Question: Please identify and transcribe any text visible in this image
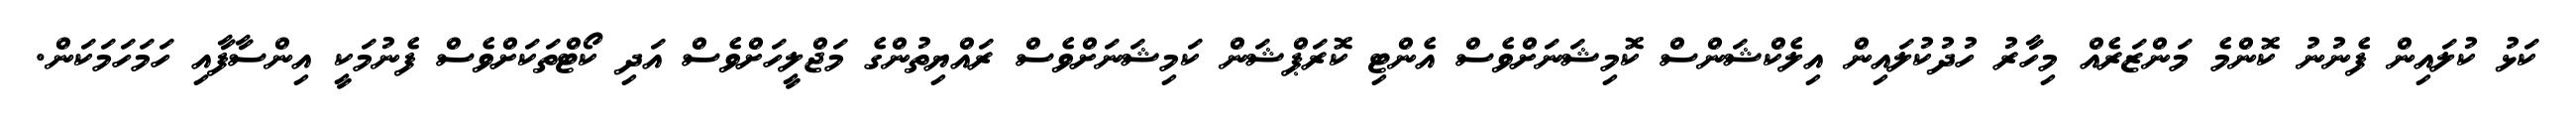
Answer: ކަޅު ކުލައިން ފެނުނު ކޮންމެ މަންޒަރެއް މިހާރު ހުދުކުލައިން އިލެކްޝަންސް ކޮމިޝަނަށްވެސް އެންޓި ކޮރަޕްޝަން ކަމިޝަނަށްވެސް ރައްޔިތުންގެ މަޖްލީހަށްވެސް އަދި ކޯޓްތަކަށްވެސް ފެނުމަކީ އިންސާފާއި ހަމަހަމަކަން.